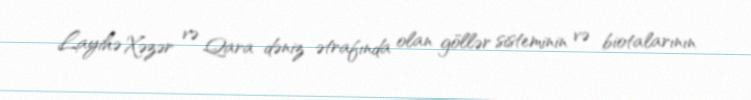
Layihə Xəzər və Qara dəniz ətrafında olan göllər sisteminin və biotalarının